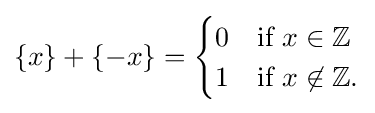
\{x\}+\{-x\}={\begin{cases}0&{\text{if }}x\in \mathbb {Z} \\1&{\text{if }}x\not \in \mathbb {Z} .\end{cases}}